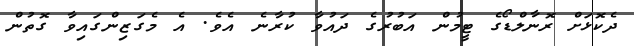
ދެކޮޅަށް ރޮނާލްޑޯގެ ޓީމުން އަބުރުގެ ދައުވާ ކުރާނެ އެވެ. އެ މެގަޒިންގައިވާ ގޮތުން